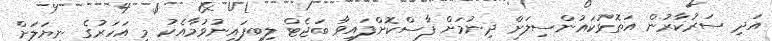
އަދި ސަރުކާރުން އަތޮޅުކައުންސިލަށް ދިނުމަށް ފާސްކޮށްފައިވާ ބަޖެޓް ލިބިފައިނުވުމާއެކު މި އަހަރުގެ ނިޔަލަށް